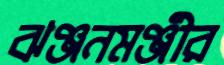
ঝঞ্জনমঞ্জীর